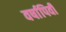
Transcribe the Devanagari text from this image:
वर्षापिर्वी